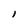
Character: l